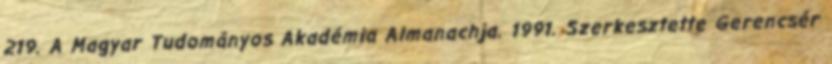
219. A Magyar Tudományos Akadémia Almanachja. 1991. Szerkesztette Gerencsér